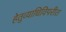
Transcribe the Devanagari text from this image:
हेतुव्याधिविपरीत